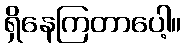
ရှိနေကြတာပေါ့။